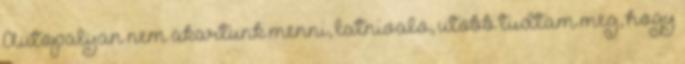
Autopalyan nem akartunk menni, latnivalo, utobb tudtam meg, hogy